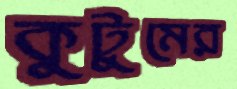
কুটুমের